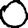
Digit: 0